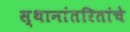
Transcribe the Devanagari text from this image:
स्थानांतरितांचे